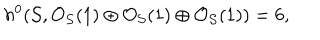
h ^ { 0 } ( { \cal S } , { \cal O } _ { { \cal S } } ( 1 ) \oplus { \cal O } _ { { \cal S } } ( 1 ) \oplus { \cal O } _ { { \cal S } } ( 1 ) ) = 6 ,